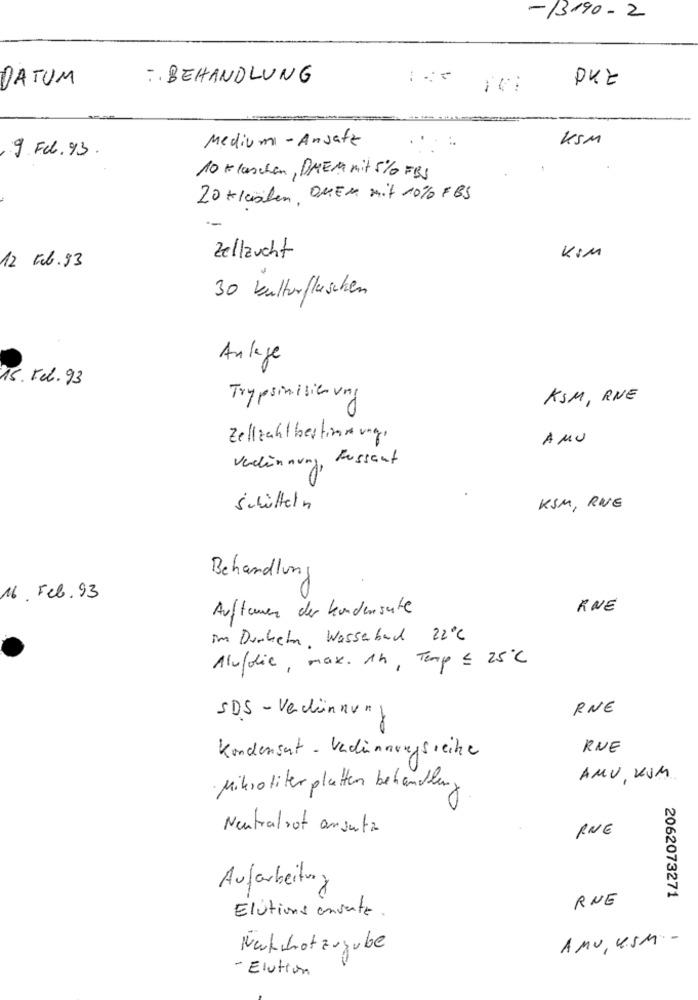
-13190 - 2
DATUM
. BEHANDLUNG
DKZ
Medium - Ansatz
KSM
9. Feb. 93.
10 Klaschen, DREM Mit 5% FBS
20 lashen, OMEn mit 10% F BS
Zellzucht
KIM
12 Feb.93
30 kulturflaschen
Anlage
15. Feb.93
Trypsinisie ving
KSM, RNE
Zellzahlbestimmung,
AMU
Verdünnung, Fussent
Schütteln
KSM , RUE
Behandlung
16. Feb.93
Auftemen der kundensuite
RUE
im Dunkeln Wasserbad 22℃
Alufdie, max. 14, Temp € 25℃
RNE
SDS - Veckänner
Kondensert - Verdünnungsreihe
RUE
AMU KSM
Mikrotiter platen behandlung
Neutralzot ansatz
RUE
Aufarbeitung
RUE
2062073271
Elutions anvente
AMU USM -
Netchotzugube
- Elution